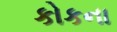
કોકના